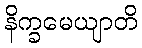
နိက္ခမေယျာတိ